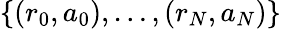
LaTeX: \{ (r_{0},a_{0}),\ldots,(r_{N},a_{N})\}